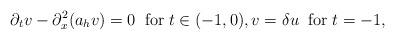
LaTeX: \begin{align*}\partial_tv-\partial_x^2 (a_h v)=0\;\;\mbox{for}\;t\in(-1,0),v=\delta u\;\;\mbox{for}\;t=-1,\end{align*}